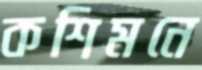
কশিমনে